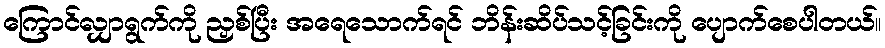
ကြောင်လျှာရွက်ကို ညှစ်ပြီး အရေသောက်ရင် ဘိန်းဆိပ်သင့်ခြင်းကို ပျောက်စေပါတယ်။